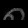
Digit: ၈